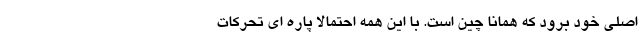
اصلی خود برود که همانا چین است. با این همه احتمالا پاره ای تحرکات